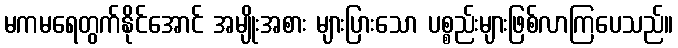
မကမရေတွက်နိုင်အောင် အမျိုးအစား များပြားသော ပစ္စည်းများဖြစ်လာကြပေသည်။